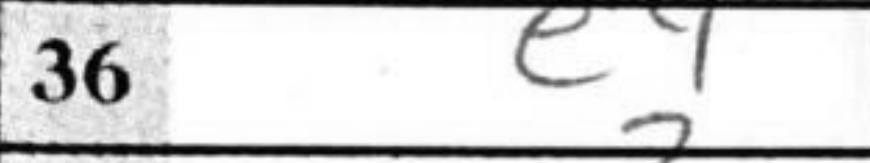
Transcription: e4